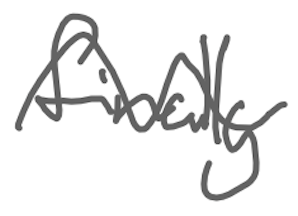
Text: finally
Cross-out: wave
Writing tool: digital_gray